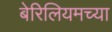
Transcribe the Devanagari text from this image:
बेरिलियमच्या